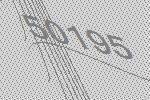
50195